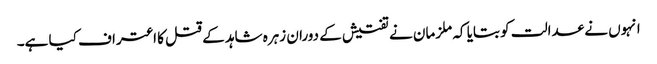
انہوں نے عدالت کو بتایا کہ ملزمان نے تفتیش کے دوران زہرہ شاہد کے قتل کا اعتراف کیا ہے۔